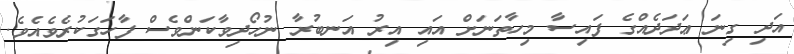
އަދި ގިނަ ޢަދަދެއްގެ ފައިސާ މިހާތަނަށް އައި އިރު އަނބުރާ ނުހޯދިވާކަންވެސް ފާހަގަކުރެވެއެވެ.